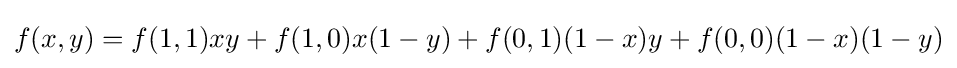
f(x,y)=f(1,1)xy+f(1,0)x(1-y)+f(0,1)(1-x)y+f(0,0)(1-x)(1-y)